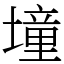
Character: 墥